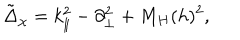
\tilde { \Delta } _ { \chi } = k _ { \| } ^ { 2 } - \partial _ { \bot } ^ { 2 } + M _ { H } ( h ) ^ { 2 } ,